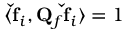
\langle \mathbf { \check { f } } _ { i } , \mathbf { Q } _ { f } \mathbf { \check { f } } _ { i } \rangle = 1